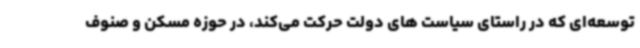
توسعه‌ای که در راستای سیاست های دولت حرکت می‌کند، در حوزه مسکن و صنوف